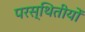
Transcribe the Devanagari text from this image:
परस्थितीयों